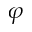
\varphi